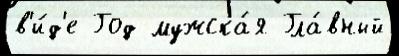
в'и́д'е Год мужска́я Гла́вный